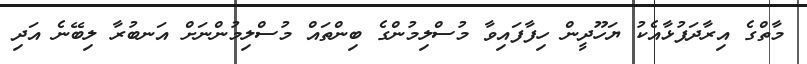
މާތްގެ އިރާދަފުޅާއެކު ޔަހޫދީން ހިފާފައިވާ މުސްލިމުންގެ ބިންތައް މުސްލިމުންނަށް އަނބުރާ ލިބޭނެ އަދި